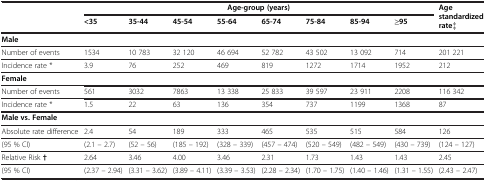
<table><thead><tr><td><b> </b></td><td colspan="8"><b>Age-group (years)</b></td><td rowspan="2"><b>Age standardized rate‡</b></td></tr><tr><td><b> </b></td><td><b>&lt;35</b></td><td><b>35-44</b></td><td><b>45-54</b></td><td><b>55-64</b></td><td><b>65-74</b></td><td><b>75-84</b></td><td><b>85-94</b></td><td><b>≥95</b></td></tr></thead><tbody><tr><td><b>Male</b></td><td> </td><td> </td><td> </td><td> </td><td> </td><td> </td><td> </td><td> </td><td> </td></tr><tr><td>Number of events</td><td>1534</td><td>10 783</td><td>32 120</td><td>46 694</td><td>52 782</td><td>43 502</td><td>13 092</td><td>714</td><td>201 221</td></tr><tr><td>Incidence rate *</td><td>3.9</td><td>76</td><td>252</td><td>469</td><td>819</td><td>1272</td><td>1714</td><td>1952</td><td>212</td></tr><tr><td><b>Female</b></td><td> </td><td> </td><td> </td><td> </td><td> </td><td> </td><td> </td><td> </td><td> </td></tr><tr><td>Number of events</td><td>561</td><td>3032</td><td>7863</td><td>13 338</td><td>25 833</td><td>39 597</td><td>23 911</td><td>2208</td><td>116 342</td></tr><tr><td>Incidence rate *</td><td>1.5</td><td>22</td><td>63</td><td>136</td><td>354</td><td>737</td><td>1199</td><td>1368</td><td>87</td></tr><tr><td><b>Male vs. Female</b></td><td> </td><td> </td><td> </td><td> </td><td> </td><td> </td><td> </td><td> </td><td> </td></tr><tr><td>Absolute rate difference</td><td>2.4</td><td>54</td><td>189</td><td>333</td><td>465</td><td>535</td><td>515</td><td>584</td><td>126</td></tr><tr><td>(95 % CI)</td><td>(2.1 – 2.7)</td><td>(52 – 56)</td><td>(185 – 192)</td><td>(328 – 339)</td><td>(457 – 474)</td><td>(520 – 549)</td><td>(482 – 549)</td><td>(430 – 739)</td><td>(124 – 127)</td></tr><tr><td>Relative Risk <b>†</b></td><td>2.64</td><td>3.46</td><td>4.00</td><td>3.46</td><td>2.31</td><td>1.73</td><td>1.43</td><td>1.43</td><td>2.45</td></tr><tr><td>(95 % CI)</td><td>(2.37 – 2.94)</td><td>(3.31 – 3.62)</td><td>(3.89 – 4.11)</td><td>(3.39 – 3.53)</td><td>(2.28 – 2.34)</td><td>(1.70 – 1.75)</td><td>(1.40 – 1.46)</td><td>(1.31 – 1.55)</td><td>(2.43 – 2.47)</td></tr></tbody></table>